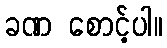
ခဏ စောင့်ပါ။